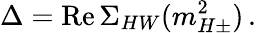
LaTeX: \Delta=\mathrm{Re}\, \Sigma_{HW}(m_{H\pm}^{2})\, .